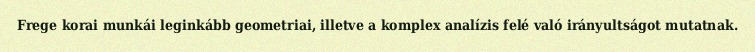
Frege korai munkái leginkább geometriai, illetve a komplex analízis felé való irányultságot mutatnak.